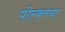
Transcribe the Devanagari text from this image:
पोल्कच्या